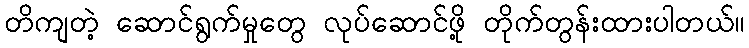
တိကျတဲ့ ဆောင်ရွက်မှုတွေ လုပ်ဆောင်ဖို့ တိုက်တွန်းထားပါတယ်။